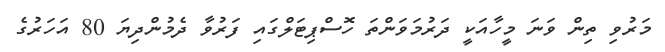
މަރުވި ތިން ވަނަ މީހާއަކީ ދަރުމަވަންތަ ހޮސްޕިޓަލްގައި ފަރުވާ ދެމުންދިޔަ 80 އަހަރުގެ